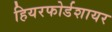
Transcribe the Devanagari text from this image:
हियरफोर्डशायर